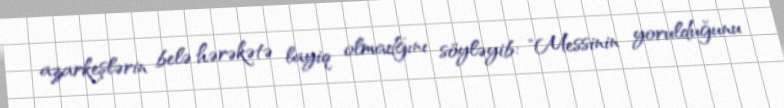
azarkeşlərin belə hərəkətə layiq olmadğını söyləyib: "Messinin yorulduğunu